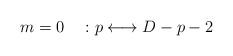
LaTeX: \begin{align*}m=0\quad: p\longleftrightarrow D-p-2 \end{align*}